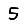
Digit: 5